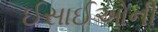
ઈસાઈઓની